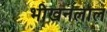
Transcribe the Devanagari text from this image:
भीखनलाल